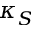
\kappa _ { S }